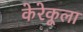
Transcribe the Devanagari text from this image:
केरेकूला